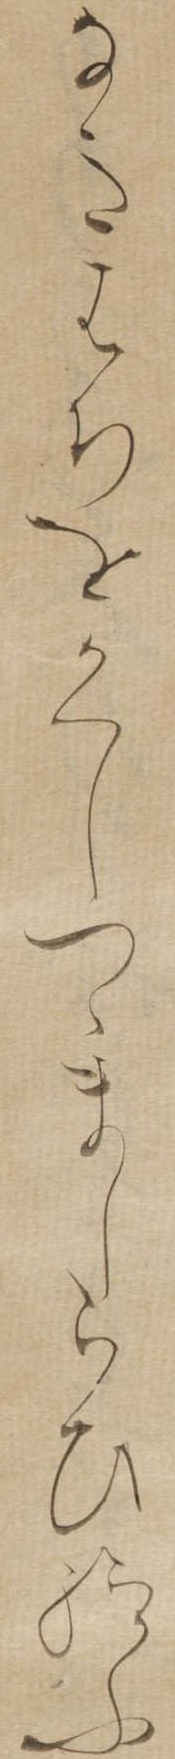
なきはちをかくしつゝましらひ給ふ